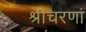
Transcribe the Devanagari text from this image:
श्रीचरणां